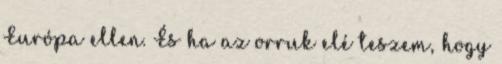
Európa ellen. És ha az orruk elé teszem, hogy